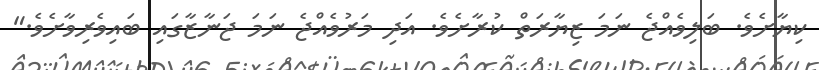
ކިޔާށެވެ. ބަލިވެއްޖެ ނަމަ ޒިޔާރަތް ކުރާށެވެ. އަދި މަރުވެއްޖެ ނަމަ ޖަނާޒާގައި ބައިވެރިވާށެވެ."